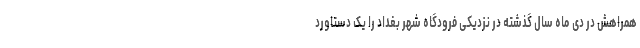
همراهش در دی ماه سال گذشته در نزدیکی فرودگاه شهر بغداد را یک دستاورد